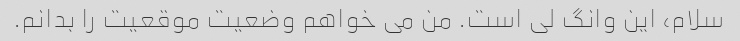
سلام، این وانگ لی است. من می خواهم وضعیت موقعیت را بدانم.